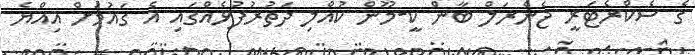
ގެ ސެކްރެޓަރީ ޖެނެރަލް ބާން ކީ-މޫން ކުއްލި ދަތުރުފުޅެއްގައި އެ ގައުމަށް އިއްޔެ